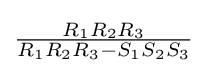
{\tfrac {R_{1}R_{2}R_{3}}{R_{1}R_{2}R_{3}-S_{1}S_{2}S_{3}}}